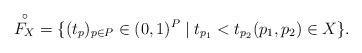
LaTeX: \begin{align*}\overset{\circ}{F_X}=\{(t_p)_{p\in P} \in (0,1)^{P}\mid t_{p_1} < t_{p_2} (p_1,p_2)\in X \}. \end{align*}